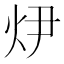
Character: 𭴏